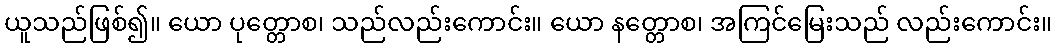
ယူသည်ဖြစ်၍။ ယော ပုတ္တောစ၊ သည်လည်းကောင်း။ ယော နတ္တောစ၊ အကြင်မြေးသည် လည်းကောင်း။